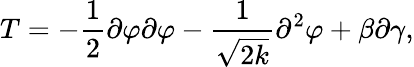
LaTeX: T=-\frac{1}{2}\partial\varphi\partial\varphi-\frac{1}{\sqrt{2k}}\partial^{2}\varphi+\beta\partial\gamma,